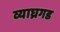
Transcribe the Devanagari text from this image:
व्याघ्रगड